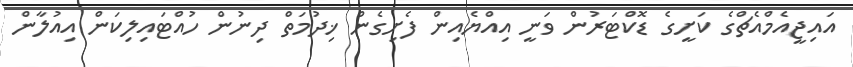
އައިޖީއެމްއެޗްގެ ކަށީގެ ޑޮކްޓަރުން ވަނީ އިއްޔެއިން ފެށިގެން ޚިދުމަތް ދިނުން ހުއްޓައިލިކަން އިއުލާން